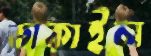
ডাকাইল